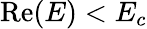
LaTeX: \mathrm{{Re}}(E)<E_{c}